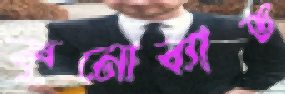
কুনোব্যাঙ